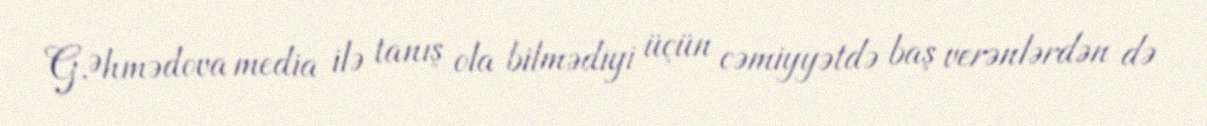
G.Əhmədova media ilə tanış ola bilmədiyi üçün cəmiyyətdə baş verənlərdən də